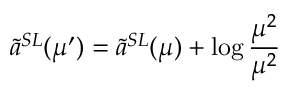
\tilde { a } ^ { S L } ( \mu ^ { \prime } ) = \tilde { a } ^ { S L } ( \mu ) + \log \frac { \mu ^ { 2 } } { \mu ^ { 2 } }